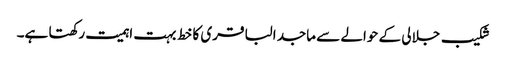
شکیب جلالی کے حوالے سے ماجد الباقری کا خط بہت اہمیت رکھتا ہے۔